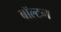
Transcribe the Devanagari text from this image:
बॉल्टन